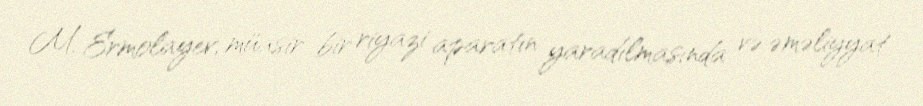
M. Ermolayev, müasir bir riyazi aparatın yaradılmasında və əməliyyat